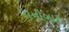
પાનીબાર